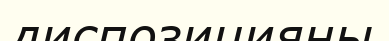
диспозицияны